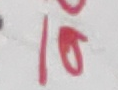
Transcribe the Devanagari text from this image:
१६